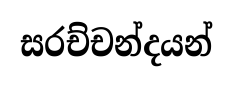
සරච්චන්දයන්